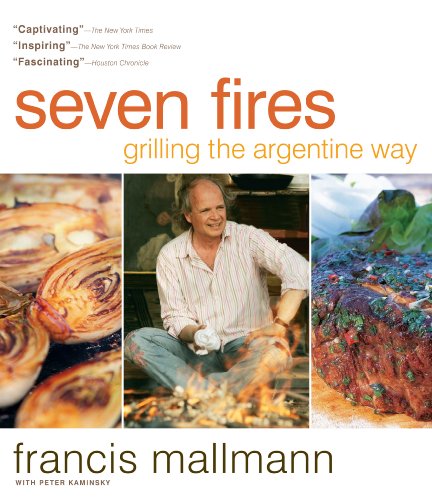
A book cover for Seven Fires: Grilling the Argentine Way; Francis Mallmann^Peter Kaminsky; Cookbooks, Food & Wine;